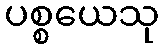
ပစ္စယေသု